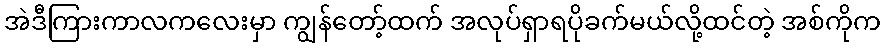
အဲဒီကြားကာလကလေးမှာ ကျွန်တော့်ထက် အလုပ်ရှာရပိုခက်မယ်လို့ထင်တဲ့ အစ်ကိုက